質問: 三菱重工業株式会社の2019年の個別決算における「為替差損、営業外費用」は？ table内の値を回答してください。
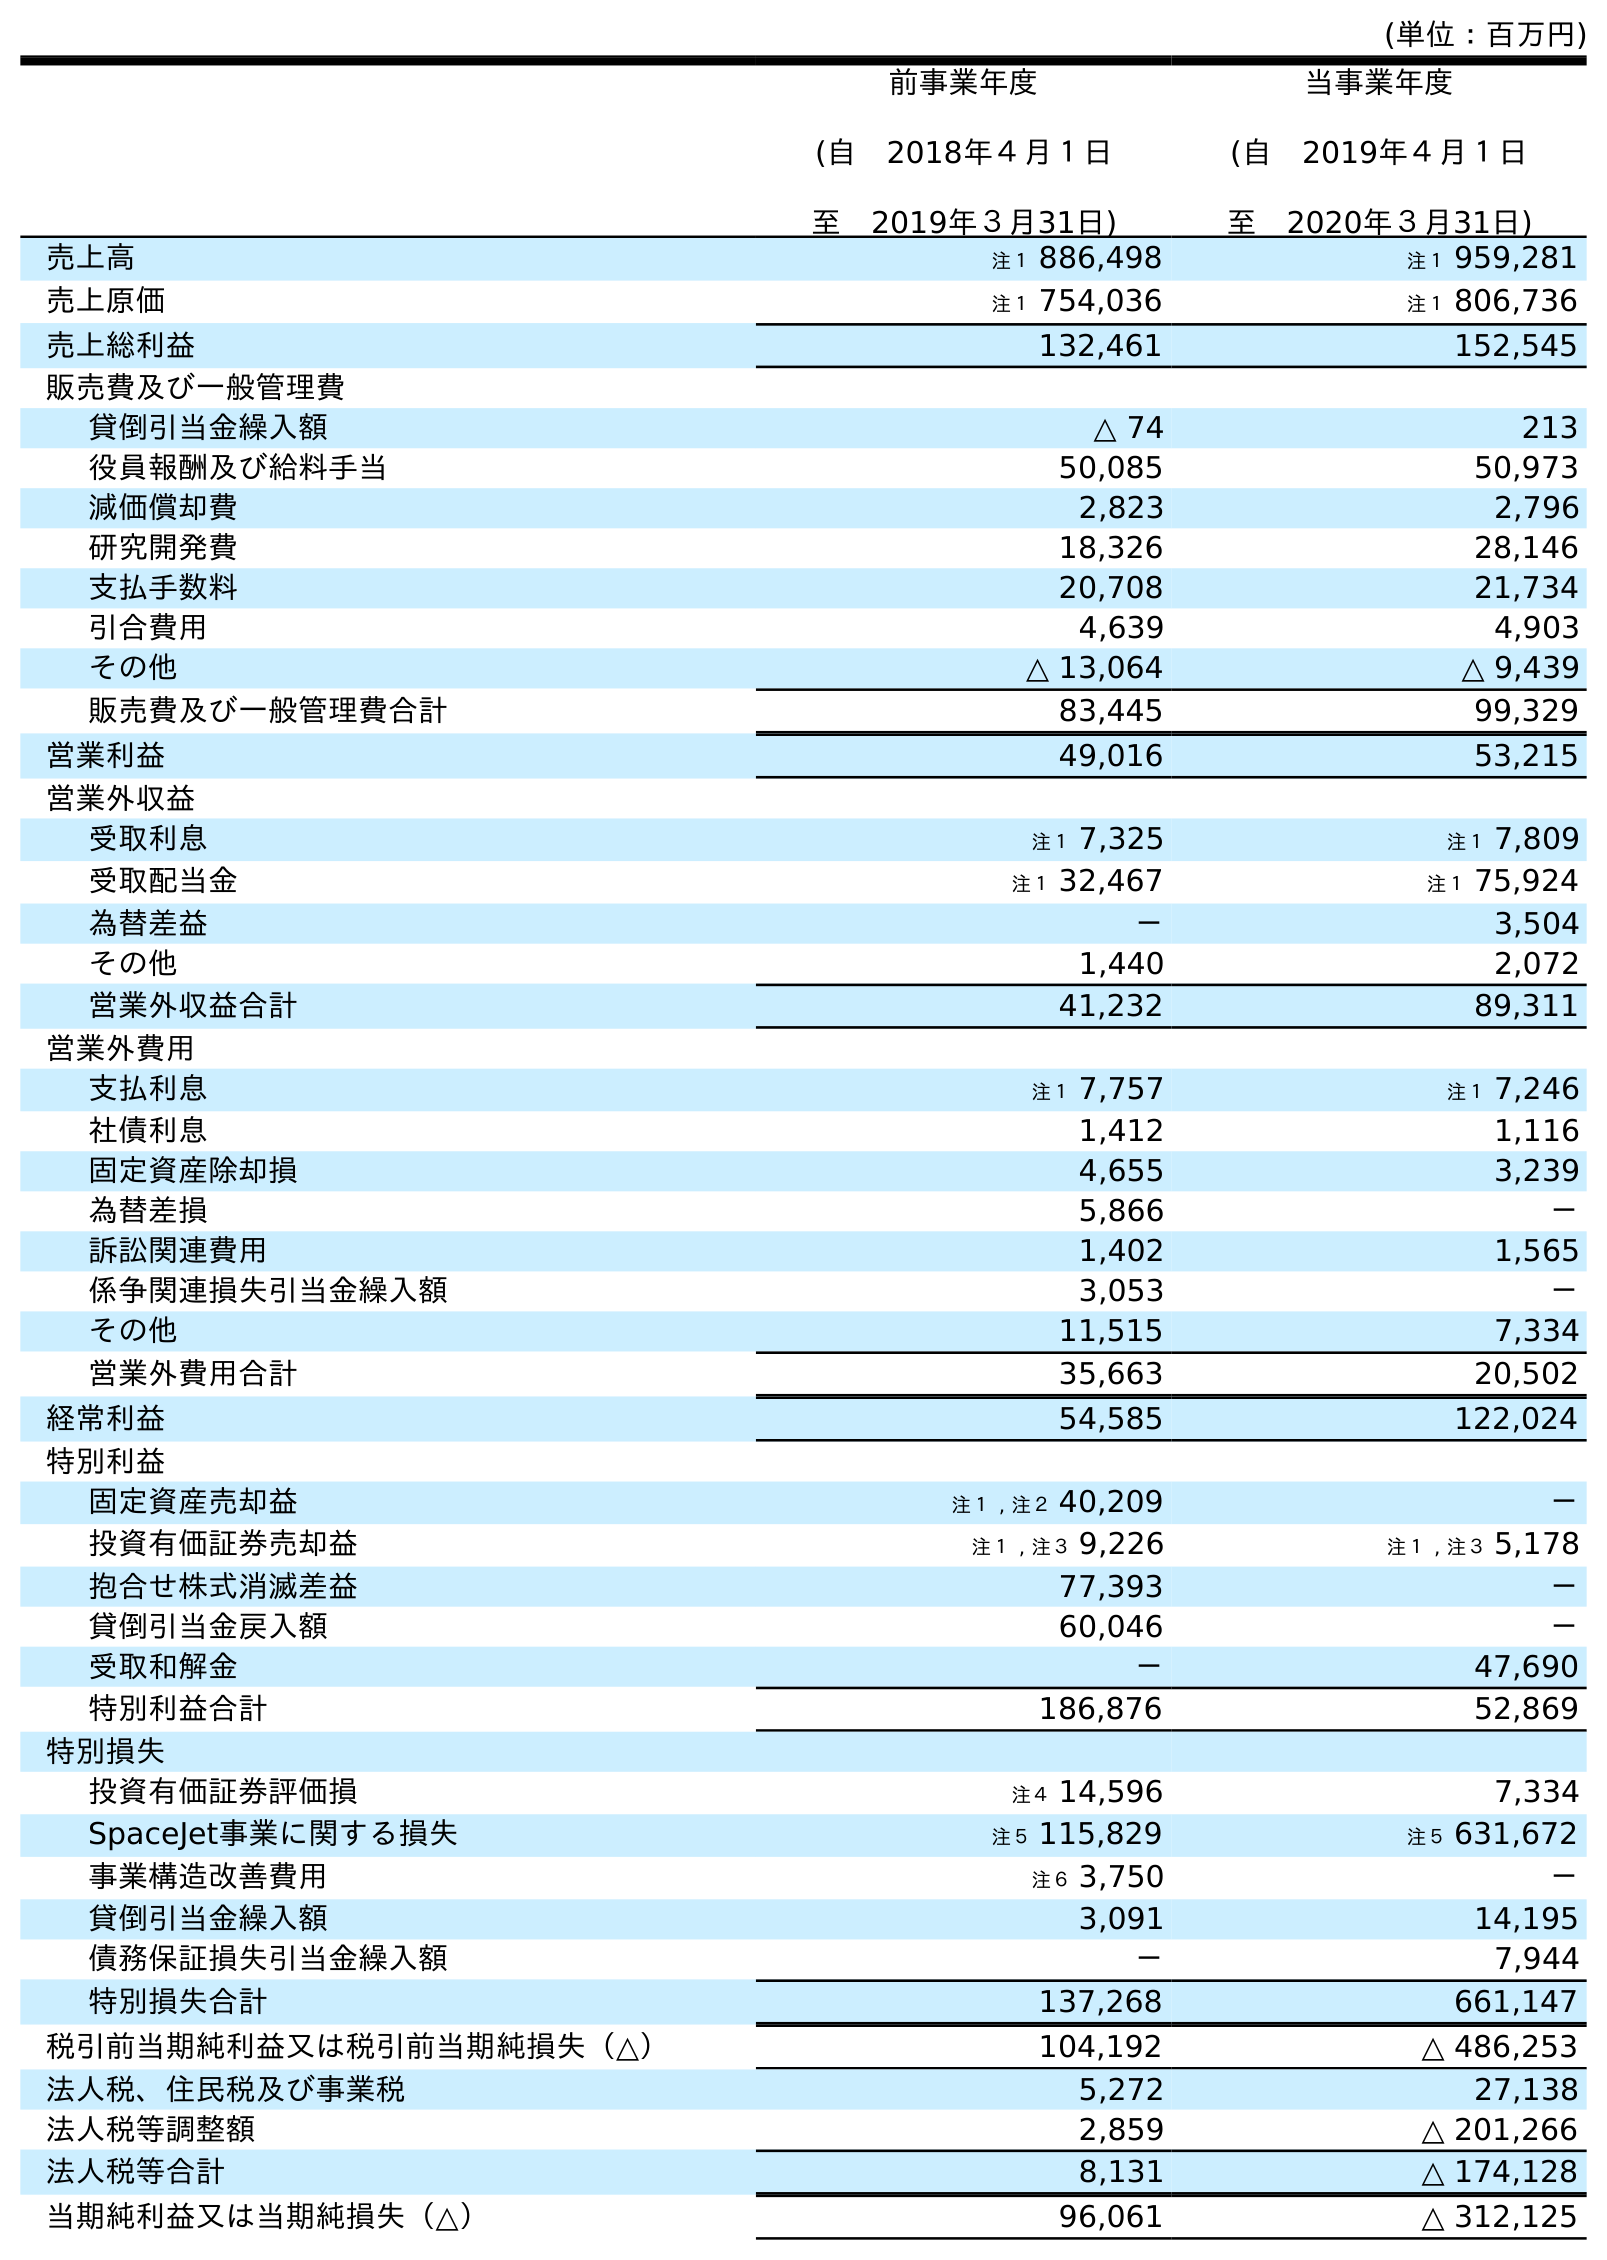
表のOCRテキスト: (単位：百万円) 前事業年度 (自 2018年４月１日 至 2019年３月31日) 当事業年度 (自 2019年４月１日 至 2020年３月31日) 売上高 注１ 886,498 注１ 959,281 売上原価 注１ 754,036 注１ 806,736 売上総利益 132,461 152,545 販売費及び一般管理費 貸倒引当金繰入額 △ 74 213 役員報酬及び給料手当 50,085 50,973 減価償却費 2,823 2,796 研究開発費 18,326 28,146 支払手数料 20,708 21,734 引合費用 4,639 4,903 その他 △ 13,064 △ 9,439 販売費及び一般管理費合計 83,445 99,329 営業利益 49,016 53,215 営業外収益 受取利息 注１ 7,325 注１ 7,809 受取配当金 注１ 32,467 注１ 75,924 為替差益 － 3,504 その他 1,440 2,072 営業外収益合計 41,232 89,311 営業外費用 支払利息 注１ 7,757 注１ 7,246 社債利息 1,412 1,116 固定資産除却損 4,655 3,239 為替差損 5,866 － 訴訟関連費用 1,402 1,565 係争関連損失引当金繰入額 3,053 － その他 11,515 7,334 営業外費用合計 35,663 20,502 経常利益 54,585 122,024 特別利益 固定資産売却益 注１ , 注２ 40,209 － 投資有価証券売却益 注１ , 注３ 9,226 注１ , 注３ 5,178 抱合せ株式消滅差益 77,393 － 貸倒引当金戻入額 60,046 － 受取和解金 － 47,690 特別利益合計 186,876 52,869 特別損失 投資有価証券評価損 注４ 14,596 7,334 SpaceJet事業に関する損失 注５ 115,829 注５ 631,672 事業構造改善費用 注６ 3,750 － 貸倒引当金繰入額 3,091 14,195 債務保証損失引当金繰入額 － 7,944 特別損失合計 137,268 661,147 税引前当期純利益又は税引前当期純損失（△） 104,192 △ 486,253 法人税、住民税及び事業税 5,272 27,138 法人税等調整額 2,859 △ 201,266 法人税等合計 8,131 △ 174,128 当期純利益又は当期純損失（△） 96,061 △ 312,125
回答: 5,866